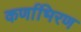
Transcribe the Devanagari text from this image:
कर्णाभिरण